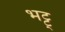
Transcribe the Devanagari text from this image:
भट्ट्